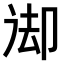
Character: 𠨙